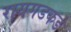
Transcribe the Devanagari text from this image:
रायगडकडे